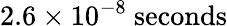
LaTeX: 2.6\times 10^{-8}\ \mathrm{seconds}